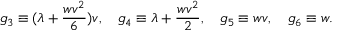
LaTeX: g _ { 3 } \equiv ( \lambda + \frac { w v ^ { 2 } } { 6 } ) v , \quad g _ { 4 } \equiv \lambda + \frac { w v ^ { 2 } } { 2 } , \quad g _ { 5 } \equiv w v , \quad g _ { 6 } \equiv w .